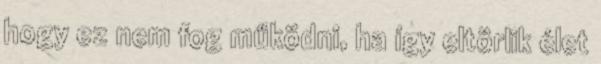
hogy ez nem fog működni, ha így eltörlik élet